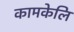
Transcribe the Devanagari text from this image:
कामकेलि